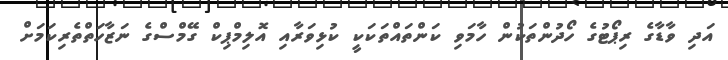
އަދި ވާޑާގެ ރިޕޯޓުގެ ހޯދުންތަކުން ހާމަވި ކަންތައްތަކަކީ ކުޅިވަރާއި އޮލިމްޕިކް ގޭމްސްގެ ނަޒާހަތްތެރިކަމަށް